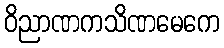
ဝိညာဏကသိဏမေကေ